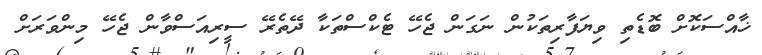
ޚާއްސަކޮށް ބޮޑެތި ވިޔަފާރިތަކުން ނަގަން ޖެހޭ ޓެކްސްތަކާ ދޭތެރޭ ސީރިއަސްވާން ޖެހޭ މިންވަރަށް